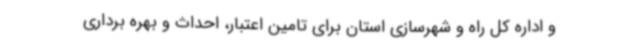
و اداره کل راه و شهرسازی استان برای تامین اعتبار، احداث و بهره برداری